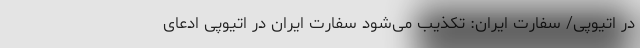
در اتیوپی/ سفارت ایران: تکذیب می‌شود سفارت ایران در اتیوپی ادعای